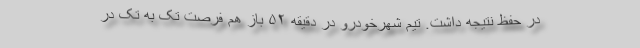
در حفظ نتیجه داشت. تیم شهرخودرو در دقیقه ۵۲ باز هم فرصت تک به تک در